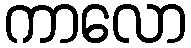
ကာလော